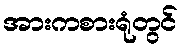
အားကစားရုံတွင်